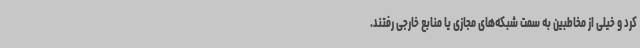
کرد و خیلی از مخاطبین به سمت شبکه‌های مجازی یا منابع خارجی رفتند.